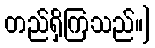
တည်ရှိကြသည်။]